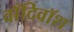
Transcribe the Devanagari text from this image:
वाँदिवॉश